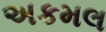
અકમલ